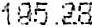
195.28